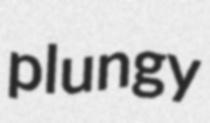
plungy